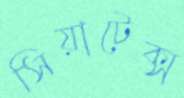
সিয়াটেক্স